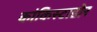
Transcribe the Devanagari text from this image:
कांकिस्टाडोर